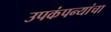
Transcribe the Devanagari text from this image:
उपकंपन्यांचा